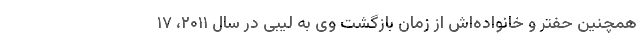
همچنین حفتر و خانواده‌اش از زمان بازگشت وی به لیبی در سال ۲۰۱۱، ۱۷